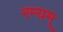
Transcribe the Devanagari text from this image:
रम्यम्